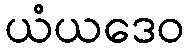
ယံယဒေဝ